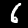
Digit: 6